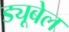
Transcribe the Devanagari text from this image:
ड्यूबेल